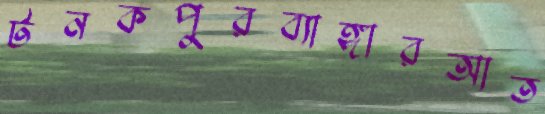
টনকপুরব্যাঙ্গারআত